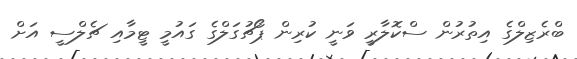
ބްރެޒިލްގެ އިތުރުން ސްކޮލާރީ ވަނީ ކުރިން ޕޯޗުގަލްގެ ގައުމީ ޓީމާއި ޗެލްސީ އަށް